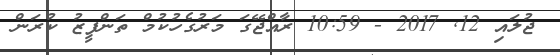
ޖުލައި 12